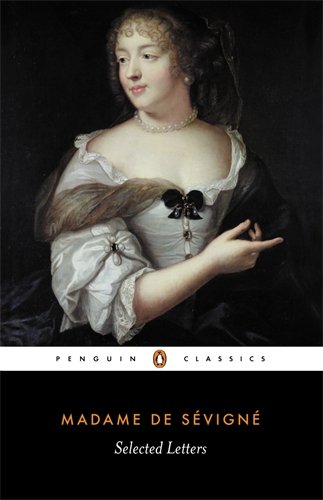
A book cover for Selected Letters (Penguin Classics); Madame de Sevigne; History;